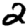
Digit: 2